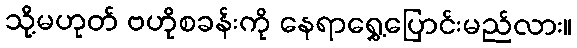
သို့မဟုတ် ဗဟိုစခန်းကို နေရာရွှေ့ပြောင်းမည်လား။